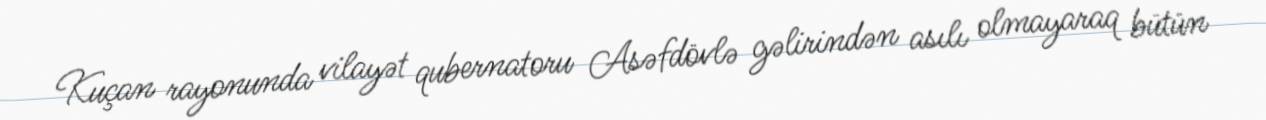
Kuçan rayonunda vilayət qubernatoru Asəfdövlə gəlirindən asılı olmayaraq bütün